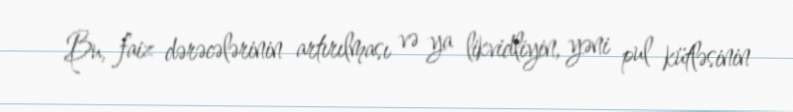
Bu, faiz dərəcələrinin artırılması və ya likvidliyin, yəni pul kütləsinin